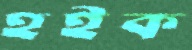
হইক